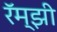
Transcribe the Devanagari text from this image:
रॅम्झी